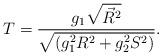
LaTeX: \begin{align*}T= \frac{g_1\sqrt{\vec{R}^2}}{\sqrt{(g_1^2 R^2+ g_2^2S^2)}}.\end{align*}